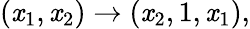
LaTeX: (\mathit{x}_{1},\mathit{x}_{2})\to(\mathit{x}_{2},1,\mathit{x}_{1}),